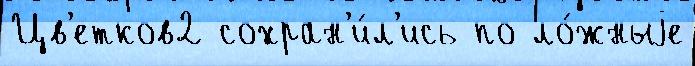
Цв'етков2 сохран'и́л'ись по ло́жныjе